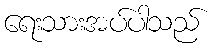
ရေးသားအပ်ပါသည်